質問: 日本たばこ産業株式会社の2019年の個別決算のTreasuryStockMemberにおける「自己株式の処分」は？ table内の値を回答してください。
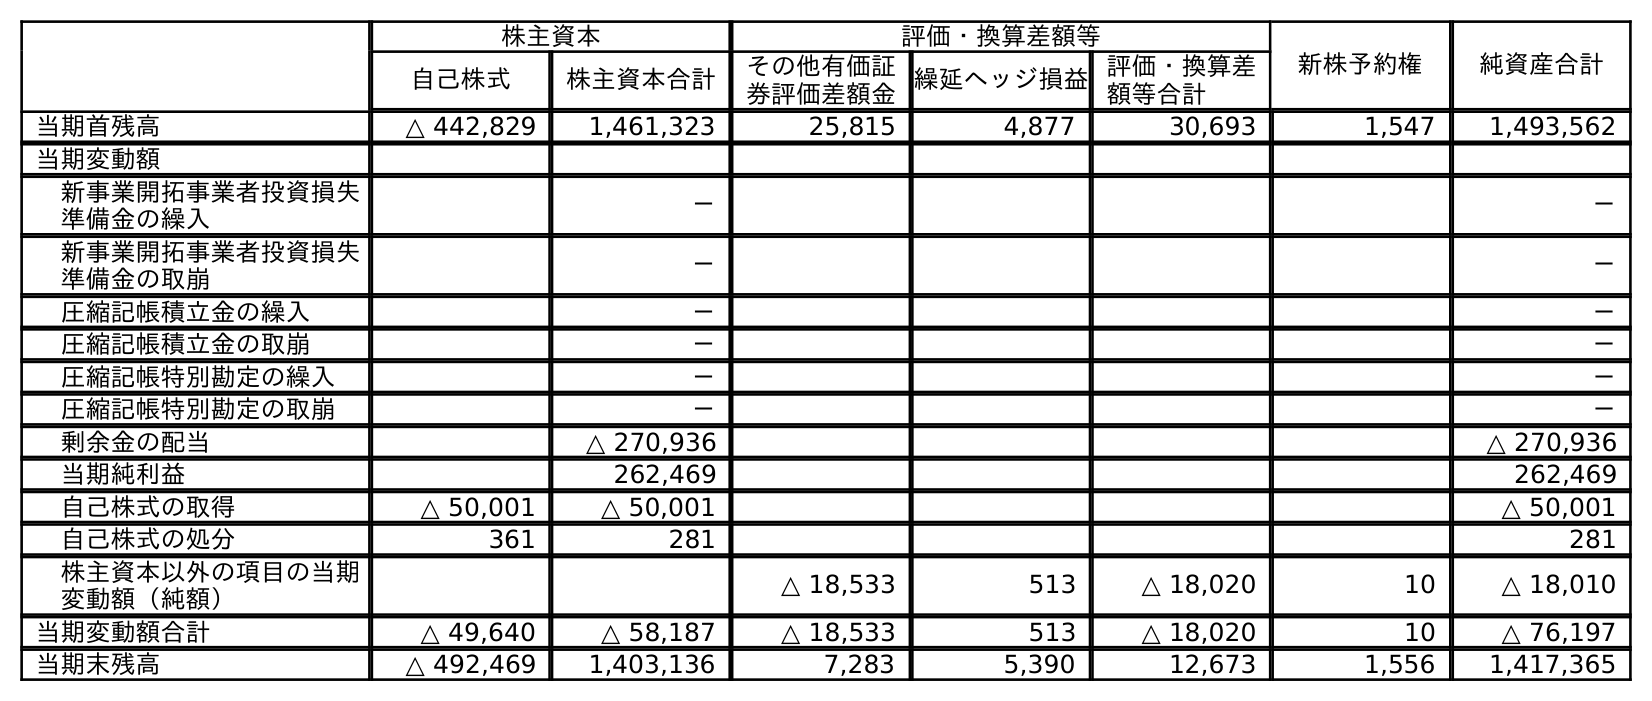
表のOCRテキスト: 株主資本 評価・換算差額等 新株予約権 純資産合計 自己株式 株主資本合計 その他有価証 券評価差額金繰延ヘッジ損益評価・換算差 額等合計 当期首残高 △ 442,829 1,461,323 25,815 4,877 30,693 1,547 1,493,562 当期変動額 新事業開拓事業者投資損失 準備金の繰入 － － 新事業開拓事業者投資損失 準備金の取崩 － － 圧縮記帳積立金の繰入 － － 圧縮記帳積立金の取崩 － － 圧縮記帳特別勘定の繰入 － － 圧縮記帳特別勘定の取崩 － － 剰余金の配当 △ 270,936 △ 270,936 当期純利益 262,469 262,469 自己株式の取得 △ 50,001 △ 50,001 △ 50,001 自己株式の処分 361 281 281 株主資本以外の項目の当期 変動額（純額） △ 18,533 513 △ 18,020 10 △ 18,010 当期変動額合計 △ 49,640 △ 58,187 △ 18,533 513 △ 18,020 10 △ 76,197 当期末残高 △ 492,469 1,403,136 7,283 5,390 12,673 1,556 1,417,365
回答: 361